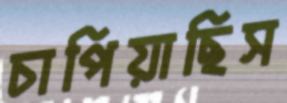
চাপিয়াছিস